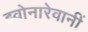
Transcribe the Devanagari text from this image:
झ्वोनारेवानीं